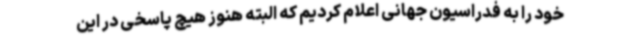
خود را به فدراسیون جهانی اعلام کردیم که البته هنوز هیچ پاسخی در این